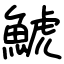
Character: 鯱